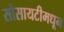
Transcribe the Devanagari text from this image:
सोसायटीमधून